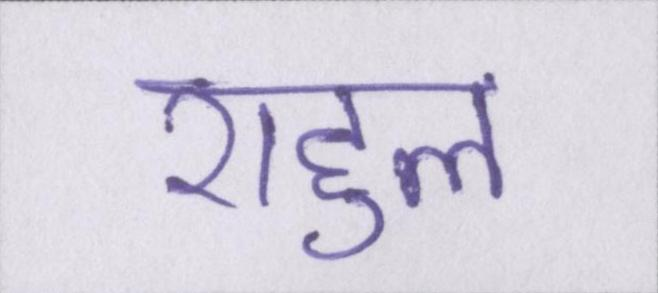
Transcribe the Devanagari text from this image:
राहुल